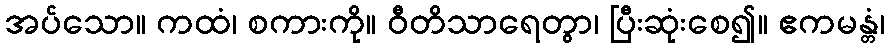
အပ်သော။ ကထံ၊ စကားကို။ ဝီတိသာရေတွာ၊ ပြီးဆုံးစေ၍။ ဧကမန္တံ၊